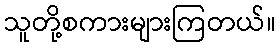
သူတို့စကားများကြတယ်။